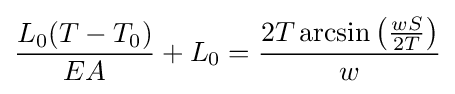
{\frac {L_{0}(T-T_{0})}{EA}}+L_{0}={\frac {2T\arcsin \left({\frac {wS}{2T}}\right)}{w}}